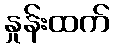
နှုန်းထက်